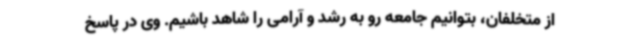
از متخلفان، بتوانیم جامعه رو به رشد و آرامی را شاهد باشیم. وی در پاسخ